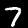
Digit: 7